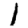
Digit: 1